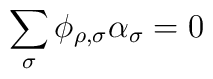
\sum_\sigma \phi_{\rho,\sigma} \alpha_\sigma=0